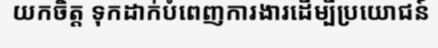
យកចិត្ត ទុកដាក់បំពេញការងារដើម្បីប្រយោជន៍